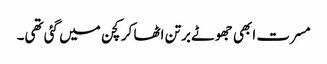
مسرت ابھی جھوٹے برتن اٹھا کر کچن میں گئی تھی۔